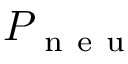
P _ { \mathrm { ~ n ~ e ~ u ~ } }